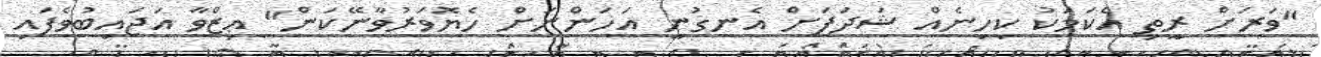
"ވަރަށް ރީތި އެކަމަކު ކިހިނެއް ޝަދަފަށް އެނގުނީ އަހަންނަށް ހެޔޮވަރުވާނޭކަން" ޢިޒްވާ އަޖައިބުވެފައި